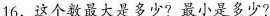
16，这个数最大是多少?最小是多少?